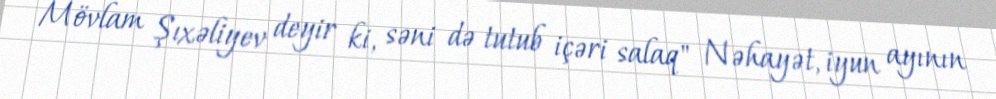
Mövlam Şıxəliyev deyir ki, səni də tutub içəri salaq" Nəhayət, iyun ayının